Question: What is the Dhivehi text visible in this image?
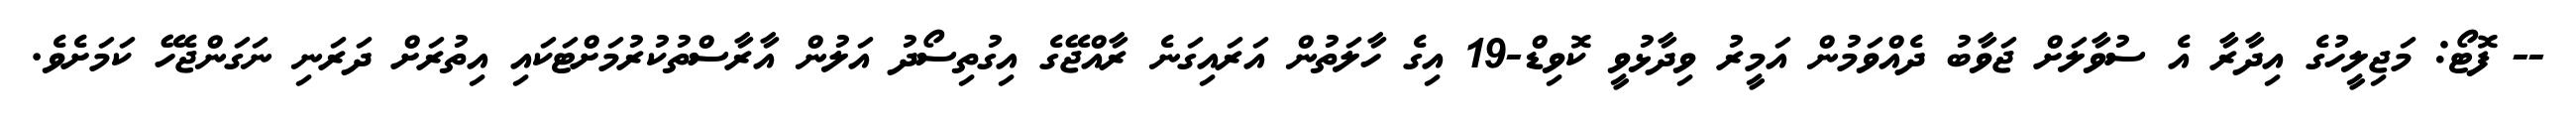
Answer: -- ފޮޓޯ: މަޖިލީހުގެ އިދާރާ އެ ސުވާލަށް ޖަވާބު ދެއްވަމުން އަމީރު ވިދާޅުވީ ކޮވިޑް-19 އިގެ ހާލަތުން އަރައިގަނެ ރާއްޖޭގެ އިގުތިސޯދު އަލުން އާރާސްތުކުރުމަށްޓަކައި އިތުރަށް ދަރަނި ނަގަންޖެހޭ ކަމަށެވެ.